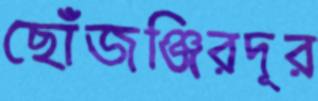
ছোঁজঞ্জিরদূর